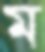
ম